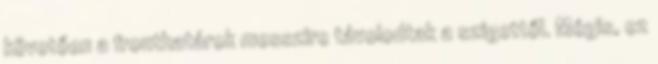
követően a fronthatárok messzire távolodtak a szigettől. Mégis, ez